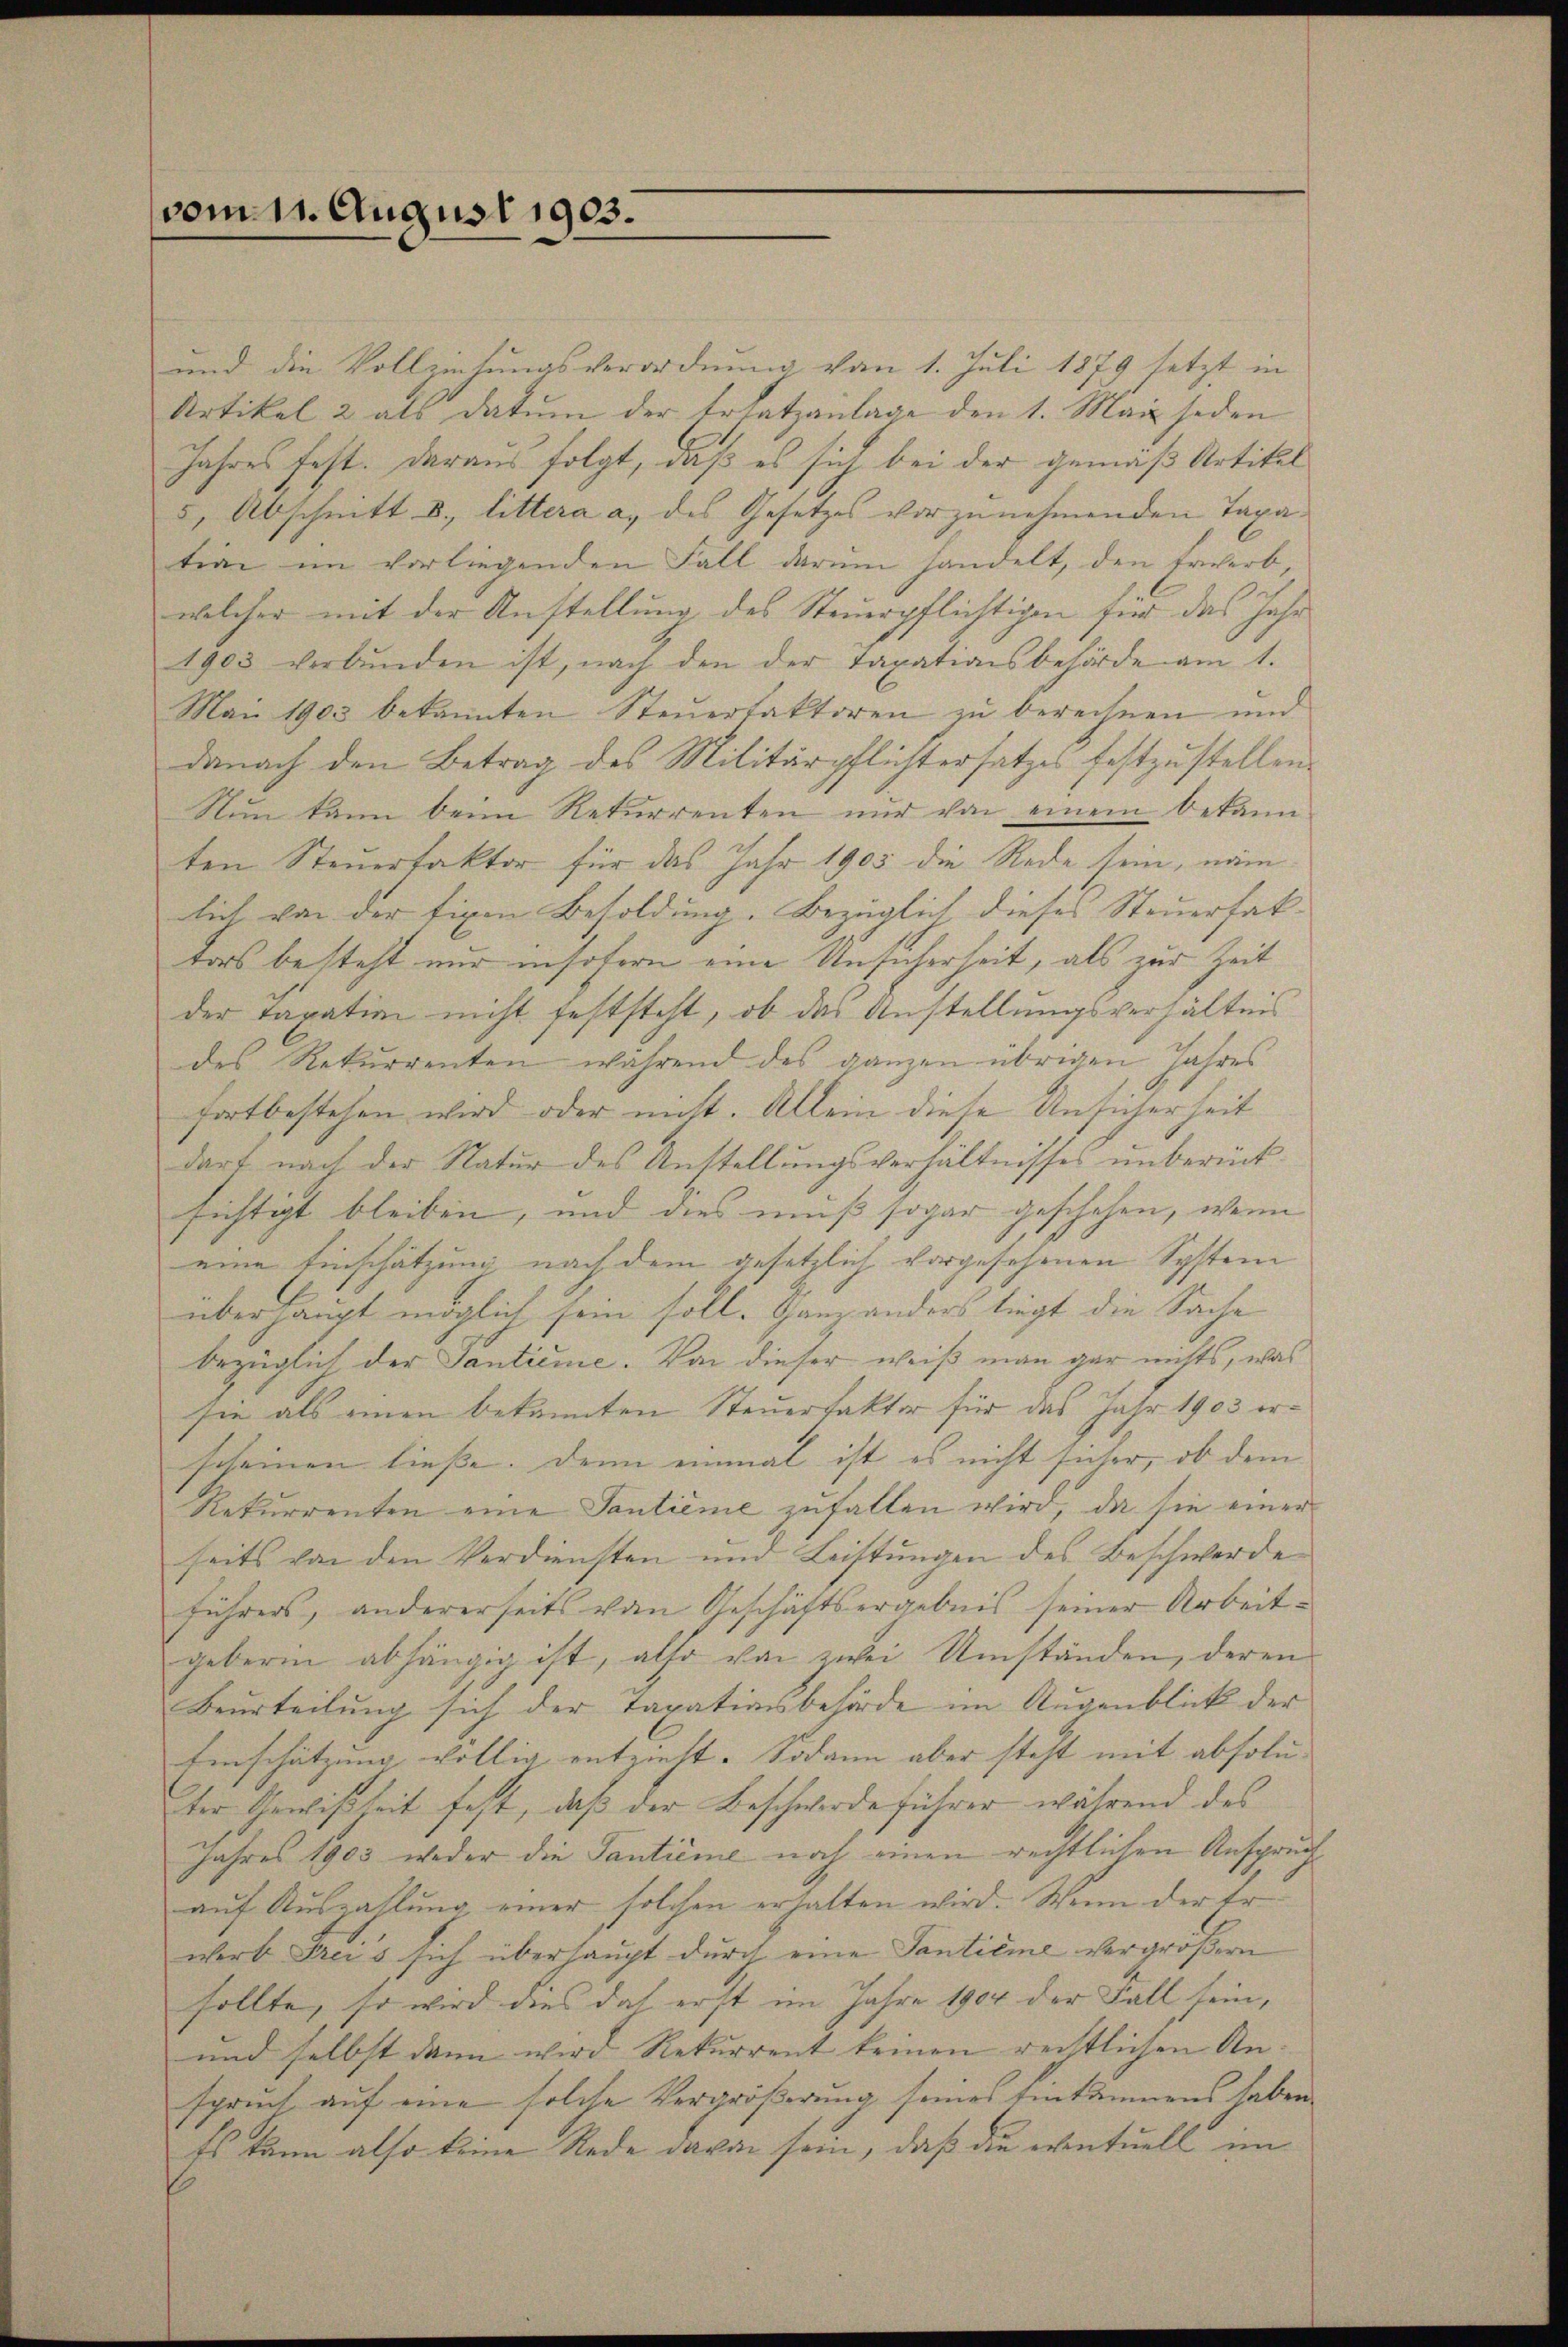
vom 11. August 1903.

und die Vollziehungsverordnung vom 1. Juli 1879 setzt in
Artikel 2 als Datum der Ersatzanlage den 1. Mai jeden
Jahres fest. Daraus folgt, daß es sich bei der gemäß Artikel
5, Abschnitt u. littera a., des Gesetzes vorzunehmenden Taxation im vorliegenden Fall darum handelt, den Erwerb,
welcher mit der Anstellung des Steuerpflichtigen für das Jahr
1903 verbŭnden ist, nach den der Taxationsbehörde am 1.
Mai 1903 bekannten Steŭerfaktoren zŭ berechnen und
danach den Betrag des Militärpflichtersatzes festzustellen
Nŭn kann beim Rekurrenten nur von einem bekann
ten Steuerfaktor für das Jahr 1905 die Rede sein, näm
lich von der fixen Besoldung. Bezüglich dieses Steuerfak-
tors besteht nur insofern eine Unsicherheit, als zur Zeit
der Taxation nicht feststeht, ob das Anstellungsverhältnis
des Rekurrenten während des ganzen übrigen Jahres
fortbestehen wird oder nicht. Allein diese Unsicherheit
darf nach der Natur des Anstellungsverhältnisses unberücksichtigt bleiben, und aus muß sogar geschehen, wenn
eine Einschätzung nach dem gesetzlich vorgesehenen System
überhaupt möglich sein soll. Ganz anders liegt die Sache
bezüglich der Santieme. Von dieser weiß man gar nichts, was
sie als einen bekannten Steuerfaktor für das Jahr 1903 erscheinen ließe. Denn einmal ist es nicht sicher, ob dem
Rekurrenten eine Santieme zufallen wird, da sie einer
seits von den Verdiensten und Leistungen des Beschwerde
führers, andererseits von Geschäftsergebnis seiner Arbeitgeberin abhängig ist, also von zwei Umständen, deren
Beurteilung sich der Taxationsbehörde im Augenblick der
Einschätzung völlig entzieht. Sodann aber steht mit absolu-
ter Gewißheit fest, daß der Beschwerdeführer während des
Jahres 1903 weder die Tantime noch einen rechtlichen Anspruch
auf Auszahlung einer solchen erhalten wird. Wenn der Er
wert Freis sich überhaupt durch eine Tantieme vergrößern
sollte, so wird dies doch erst im Jahre 1904 der Fall sein,
und selbst dann wird Rekurrent keinen rechtlichen An-
spruch auf eine solche Vergrößerung seines Einkammens haben
Es kann also keine Rede davon sein, daß die eventuell im